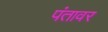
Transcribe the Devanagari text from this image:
पंतावर